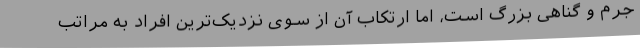
جرم و گناهی بزرگ است، اما ارتکاب آن از سوی نزدیک‌ترین افراد به مراتب